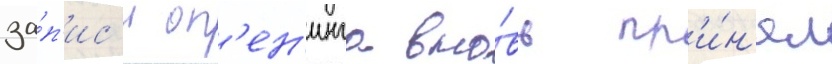
за́п'ис'и оп'ен'инга вно́вь пр'и́н'ял